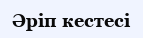
Әріп кестесі